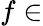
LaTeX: f\in